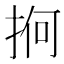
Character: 𢬲